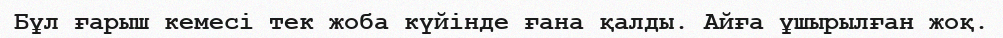
Бұл ғарыш кемесі тек жоба күйінде ғана қалды. Айға ұшырылған жоқ.